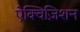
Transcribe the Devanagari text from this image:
ऐक्विज़िशन